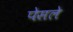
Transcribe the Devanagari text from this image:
पेसले